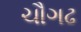
ચૌગઢ